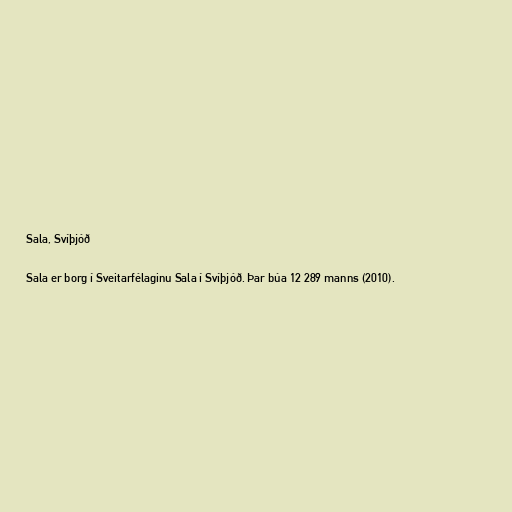
Sala, Svíþjóð

Sala er borg í Sveitarfélaginu Sala í Svíþjóð. Þar búa 12 289 manns (2010).